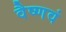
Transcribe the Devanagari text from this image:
वैष्णवं